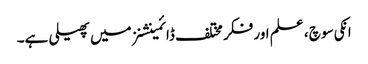
انکی سوچ ، علم اور فکر مختلف ڈائمینشنز میں پھیلی ہے۔